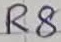
Text: R8